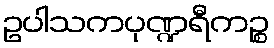
ဥပါသကပုဏ္ဍရီကဉ္စ